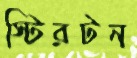
স্টিরটন